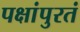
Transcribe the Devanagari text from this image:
पक्षांपुरतं